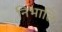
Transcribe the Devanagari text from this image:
निभाति